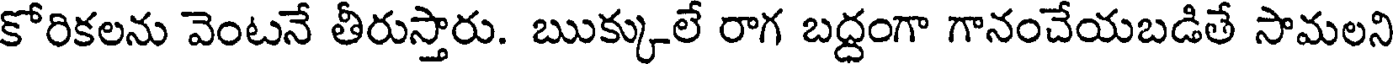
కోరికలను వెంటనే తీరుస్తారు. ఋక్కులే రాగ బద్ధంగా గానంచేయబడితే సామలని